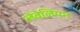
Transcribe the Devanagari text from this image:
लेवेलियन